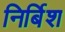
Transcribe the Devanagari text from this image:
निर्बिश